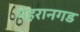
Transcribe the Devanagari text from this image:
मेहरानगड